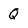
Character: Q